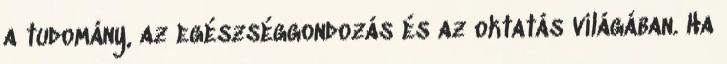
a tudomány, az egészséggondozás és az oktatás világában. Ha